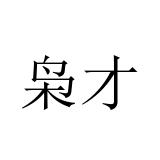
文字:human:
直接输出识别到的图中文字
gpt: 枭才